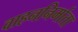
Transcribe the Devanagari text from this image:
वाहननिर्माता